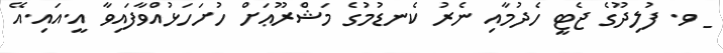
_ ވ. ފުލިދޫގެ ޖެޓީ ހެދުމާއި ނެރު ކެނޑުމުގެ މަޝްރޫޢަށް ހުށަހަޅުއްވާފައިވާ އީ.އައި.އޭ